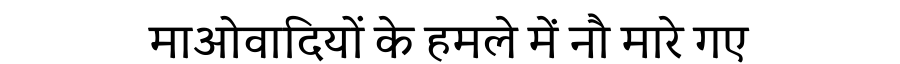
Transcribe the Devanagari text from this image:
माओवादियों के हमले में नौ मारे गए